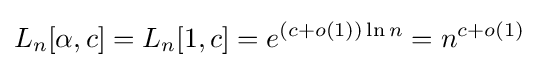
L_{n}[\alpha ,c]=L_{n}[1,c]=e^{(c+o(1))\ln n}=n^{c+o(1)}